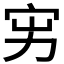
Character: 𡧚